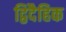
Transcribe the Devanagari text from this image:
द्विदैहिक